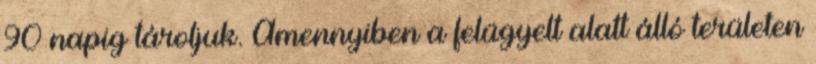
90 napig tároljuk. Amennyiben a felügyelt alatt álló területen